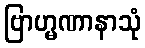
ဗြာဟ္မဏာနာသုံ